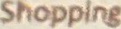
Shpping